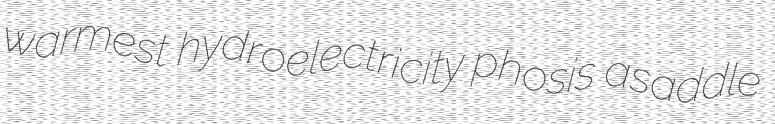
warmest hydroelectricity phosis asaddle